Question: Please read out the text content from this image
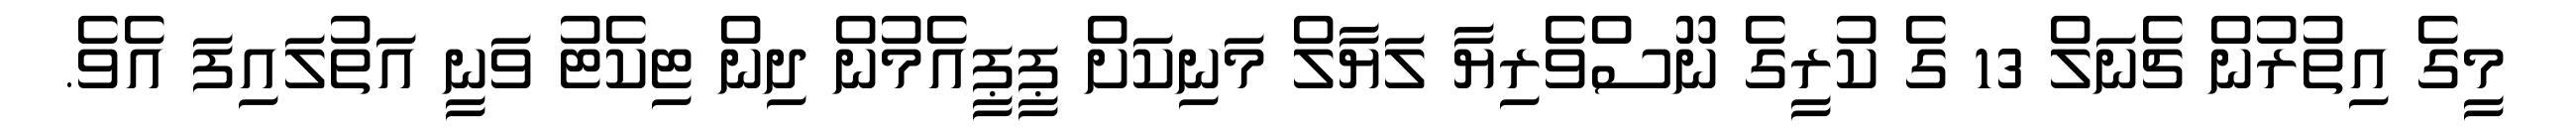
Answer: މީގެ އިތުރުން ޗެނަލް 13 ގެ ކުރީގެ ނޫސްވެރިޔާ ލަޔާލް މަނިކަށް ޕީޕީއެމުން ދިން ޓިކެޓު ވަނީ އަތުލައިފަ އެވެ.